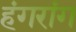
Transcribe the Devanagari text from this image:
हंगरांग